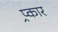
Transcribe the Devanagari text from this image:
प्र्कार